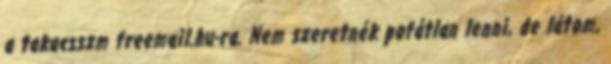
a takacsszm freemail.hu-ra. Nem szeretnék pofátlan lenni, de látom,